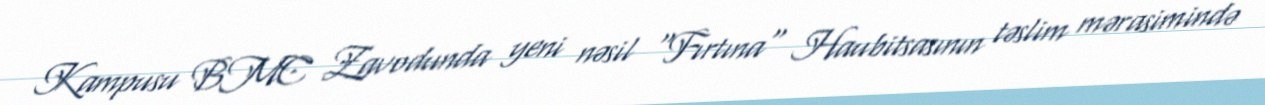
Kampusu BMC Zavodunda yeni nəsil "Fırtına" Haubitsasının təslim mərasimində